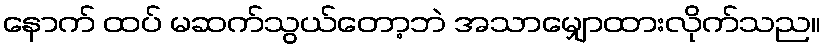
နောက် ထပ် မဆက်သွယ်တော့ဘဲ အသာမျှောထားလိုက်သည။